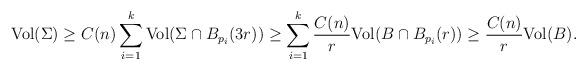
LaTeX: \begin{align*}{\rm Vol} (\Sigma )\geq C(n) \sum_{i=1}^{k} {\rm Vol} (\Sigma\cap B_{p_i}(3r) )\geq\sum_{ i=1}^{k}\frac{C(n)}{r}{\rm Vol} (B \cap B_{p_i}(r) )\geq \frac{C(n)}{r}{\rm Vol} (B ).\end{align*}